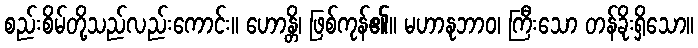
စည်းစိမ်တို့သည်လည်းကောင်း။ ဟောန္တိ၊ ဖြစ်ကုန်၏။ မဟာနုဘာဝ၊ ကြီးသော တန်ခိုးရှိသော။